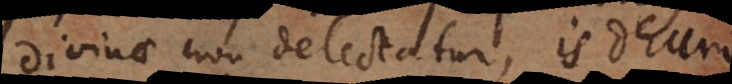
divinae non delectatur, is Deu